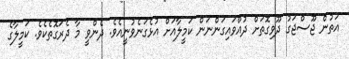
އަތުން ޖޫސްޖަގު ދޫވިގޮތަށް ދުއްވައިގަންނަން ކަމީލާއަށް އުޅެގަނެވުނީއެވެ. ދެންވީ މާ ދެރަގޮތެކެވެ. ކަމީލާގެ